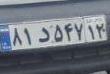
۸۱د۵۴۷۱۲